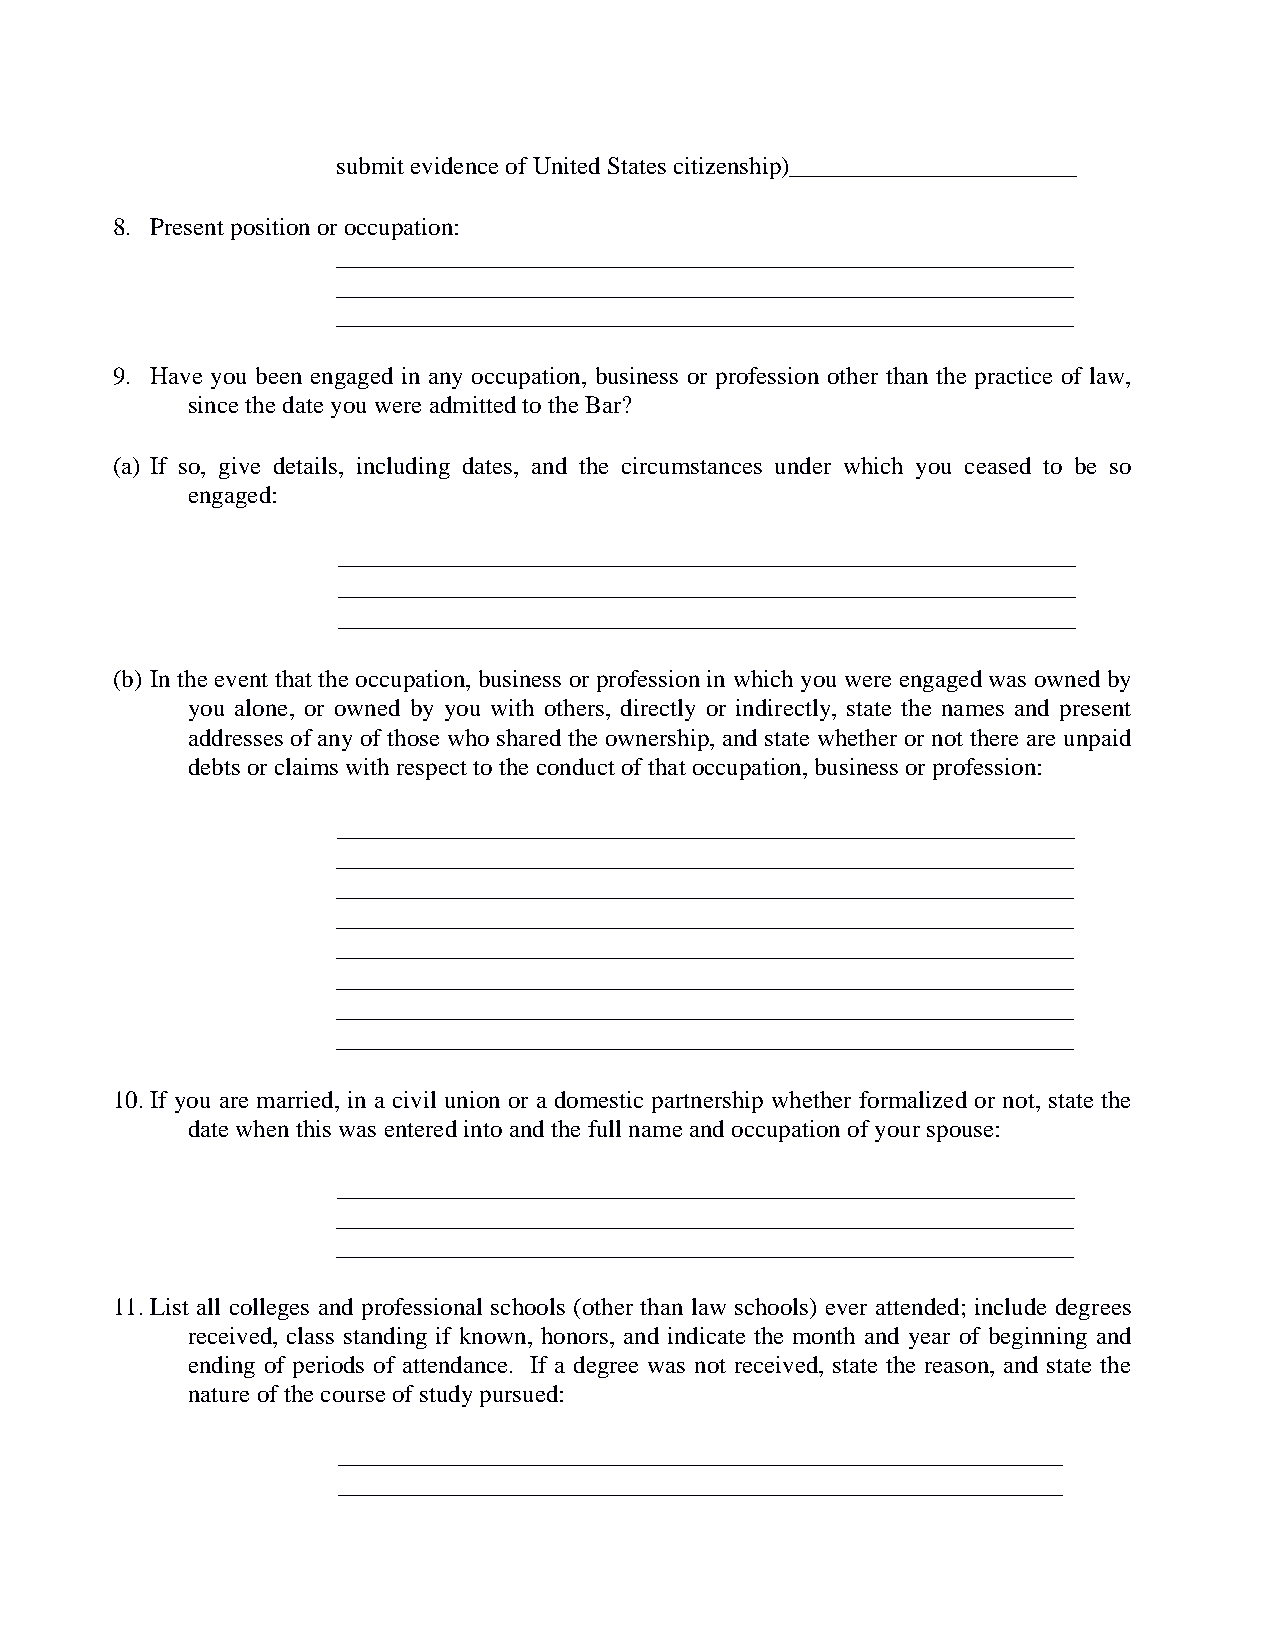
submit evidence of United States citizenship)_______________________
 8. Present position or occupation:
 ___________________________________________________________
 ___________________________________________________________
 ___________________________________________________________
 9. Have you been engaged in any occupation, business or profession other than the practice of law,
 since the date you were admitted to the Bar?
 (a) If so, give details, including dates, and the circumstances under which you ceased to be so
 engaged:
 ___________________________________________________________
 ___________________________________________________________
 ___________________________________________________________
 (b) In the event that the occupation, business or profession in which you were engaged was owned by
 you alone, or owned by you with others, directly or indirectly, state the names and present
 addresses of any of those who shared the ownership, and state whether or not there are unpaid
 debts or claims with respect to the conduct of that occupation, business or profession:
 ___________________________________________________________
 ___________________________________________________________
 ___________________________________________________________
 ___________________________________________________________
 ___________________________________________________________
 ___________________________________________________________
 ___________________________________________________________
 ___________________________________________________________
 10. If you are married, in a civil union or a domestic partnership whether formalized or not, state the
 date when this was entered into and the full name and occupation of your spouse:
 ___________________________________________________________
 ___________________________________________________________
 ___________________________________________________________
 11. List all colleges and professional schools (other than law schools) ever attended; include degrees
 received, class standing if known, honors, and indicate the month and year of beginning and
 ending of periods of attendance. If a degree was not received, state the reason, and state the
 nature of the course of study pursued:
 __________________________________________________________
 __________________________________________________________